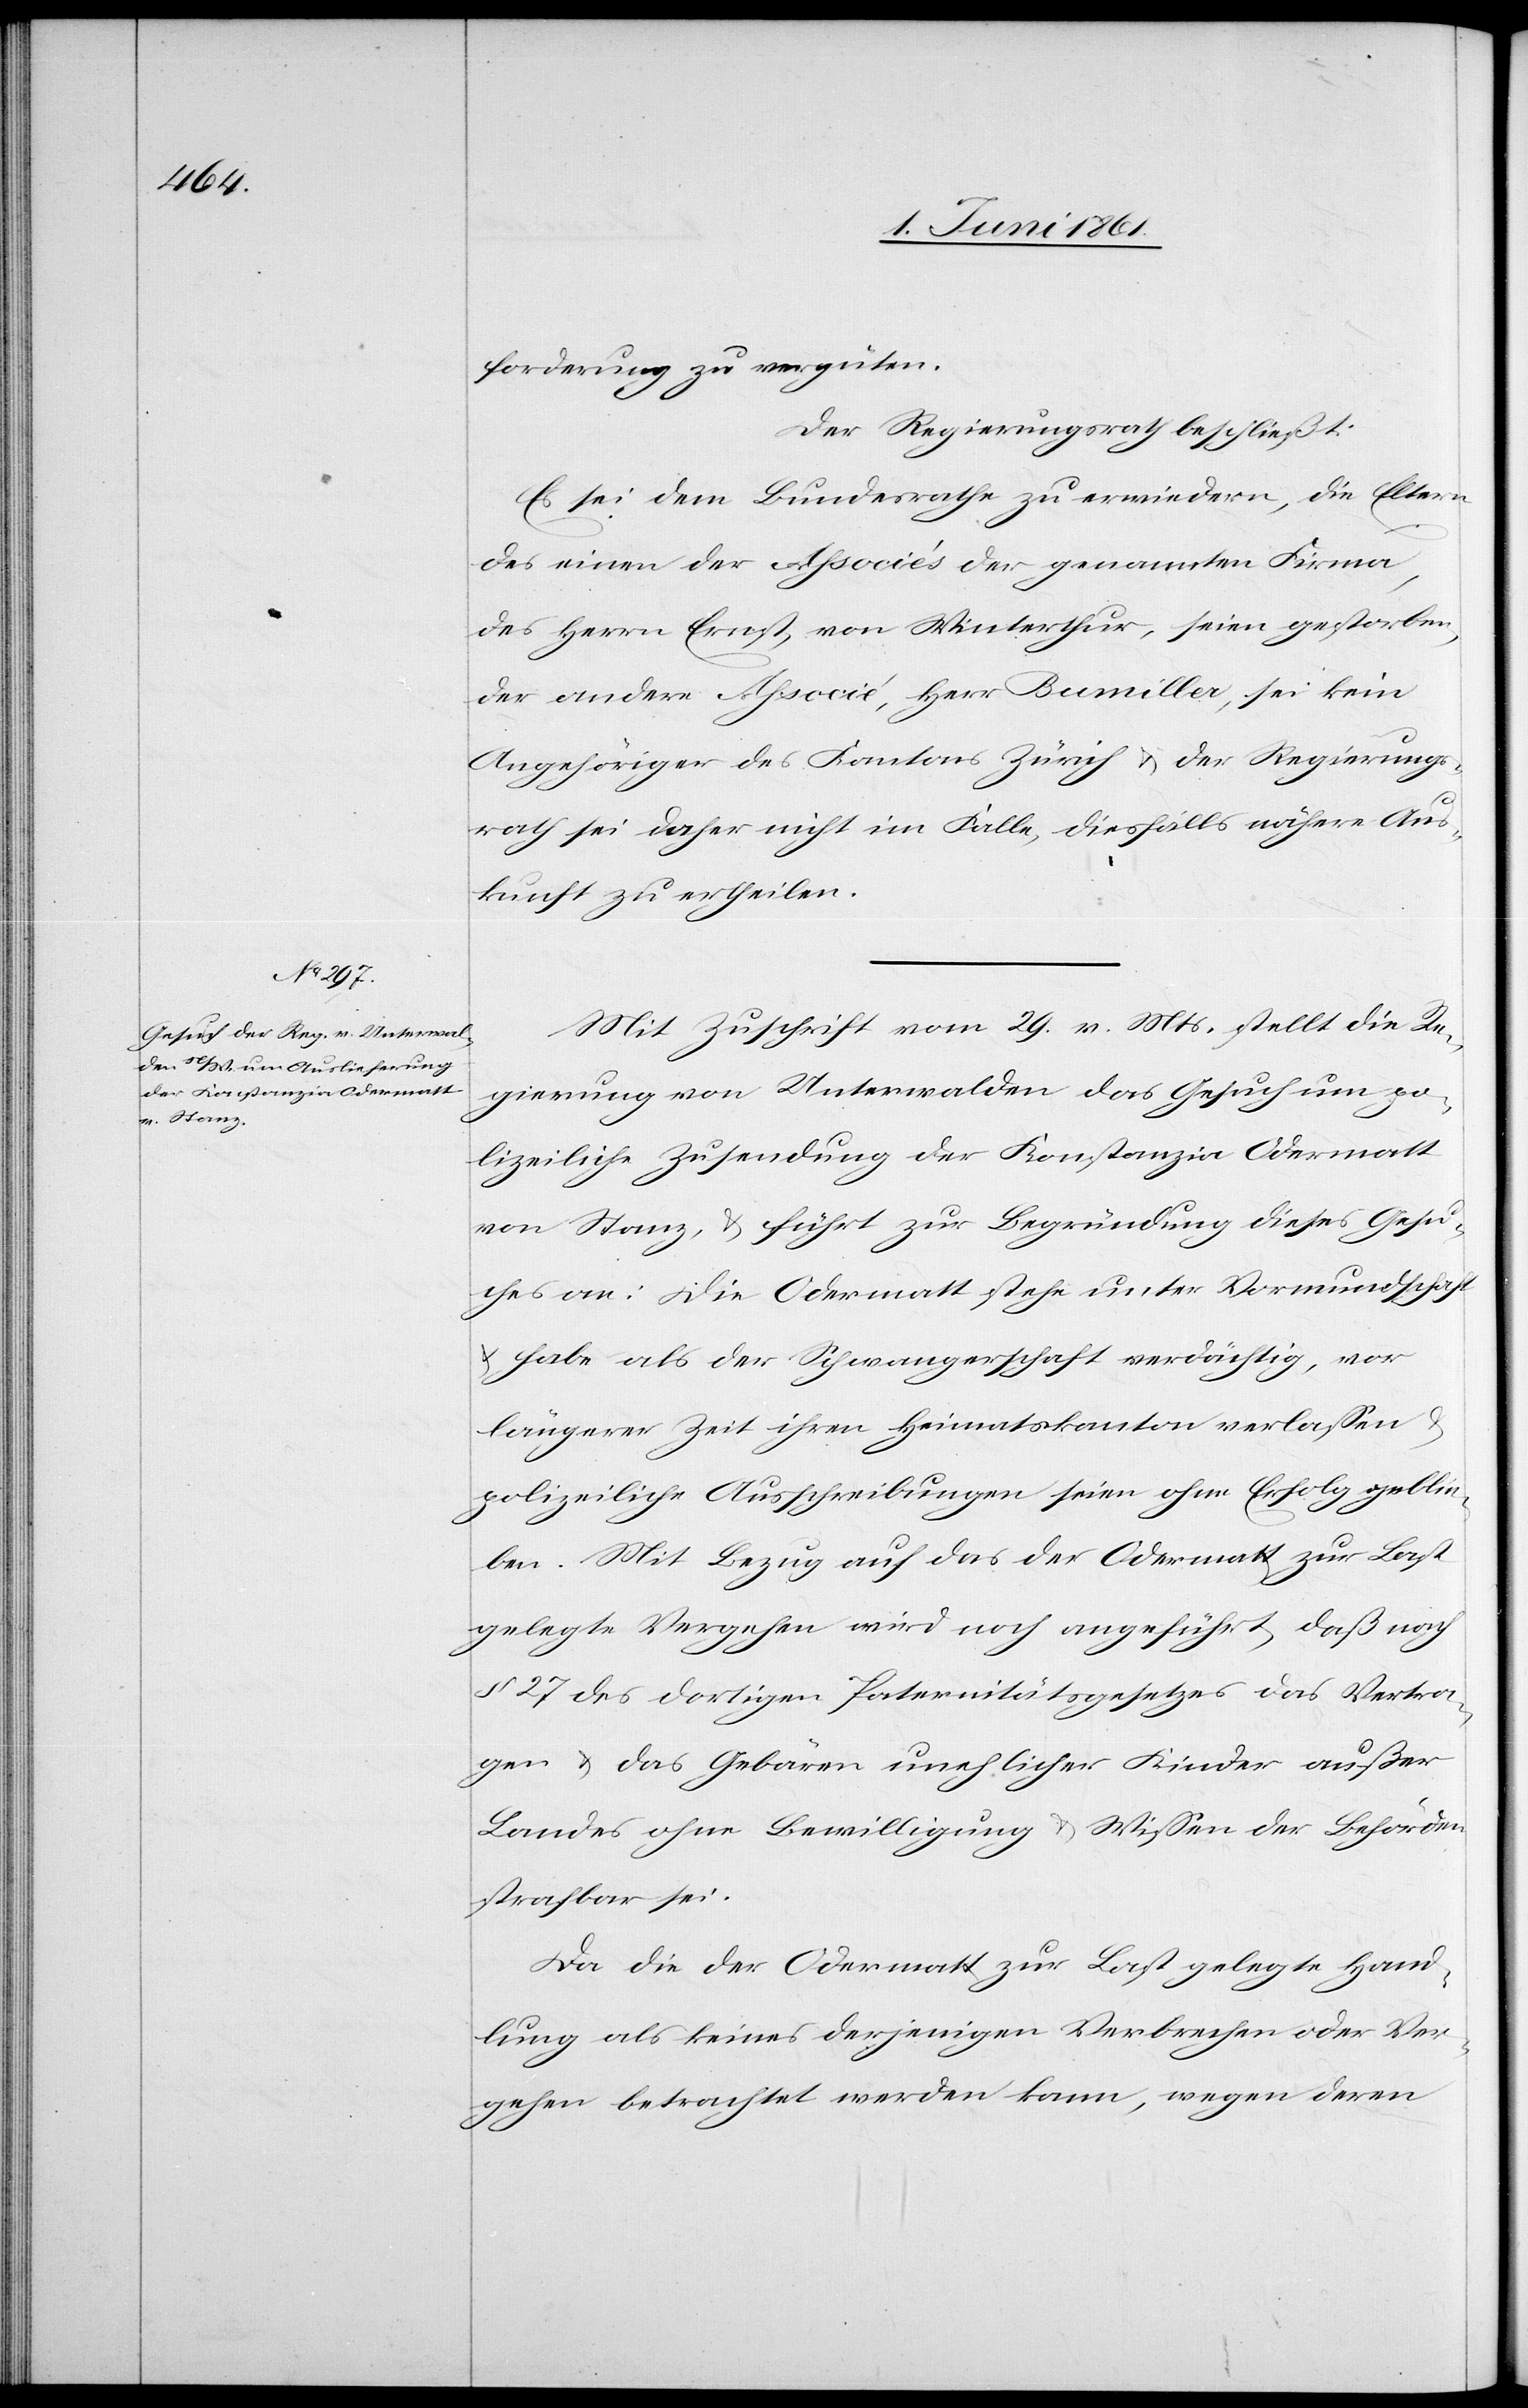
forderung zu vergüten.
Der Regierungsrath beschließt:
Es sei dem Bundesrathe zu erwiedern, die Eltern
des einen der Associés der genannten Firma,
des Herrn Ernst, von Winterthur, seien gestorben,
der andere Associé, Herr Bumiller, sei kein
Angehöriger des Kantons Zürich u. der Regierungs¬
rath sei daher nicht im Falle, diesfalls nähere Aus¬
kunft zu ertheilen.
Mit Zuschrift vom 29. v. Mts. stellt die Re¬
gierung von Unterwalden das Gesuch um po¬
lizeiliche Zusendung der Konstanzia Odermatt
von Stanz, u. führt zur Begründung dieses Gesu¬
ches an: Die Odermatt stehe unter Vormundschaft
u. habe als der Schwangerschaft verdächtig, vor
längerer Zeit ihren Heimatskanton verlassen u.
polizeiliche Ausschreibungen seien ohne Erfolg geblie¬
ben. Mit Bezug auf das der Odermatt zur Last
gelegte Vergehen wird noch angeführt, daß nach
§ 27 des dortigen Paternitätsgesetzes das Vertra¬
gen u. das Gebären unehlicher Kinder außer
Landes ohne Bewilligung u. Wissen der Behörden
strafbar sei.
Da die der Odermatt zur Last gelegte Hand¬
lung als keines derjenigen Verbrechen oder Ver¬
gehen betrachtet werden kann, wegen deren